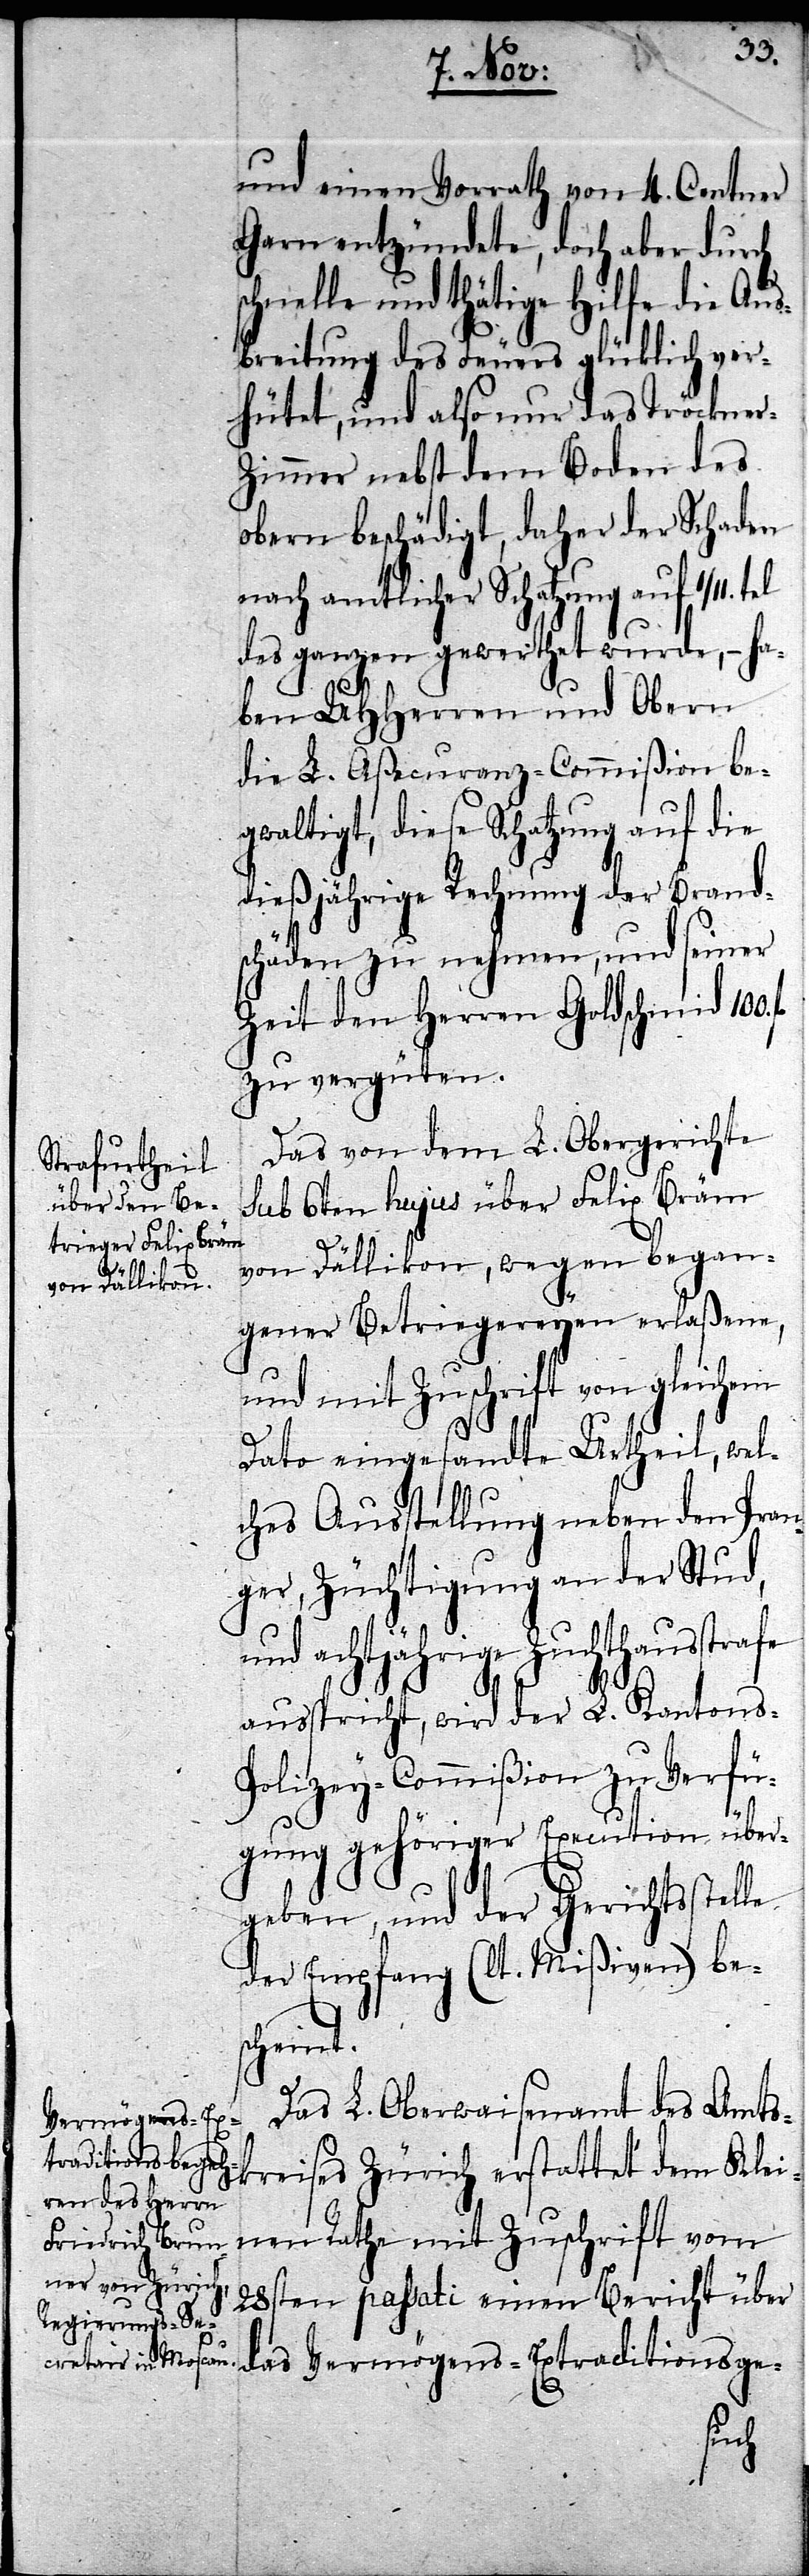
und einen Vorrath von 4. Centner
Garn entzündete, doch aber durch
schnelle und thätige Hilfe die Aus¬
breitung des Feuers glüklich ver¬
hütet, und also nur das Tröckne¬
r-Zimmer nebst dem Boden des
obern beschädigt, daher der Schaden
nach amtlicher Schatzung auf 1/11.
des ganzen gewerthet wurde, – ha¬
ben UHHerren und Obern
die L. Aßecuranz-Commißion be¬
gwaltigt, diese Schatzung auf die
dießjährige Rechnung der Brand¬
schäden zu nehmen, und seiner
Zeit den Herren Goldschmid 100.
zu vergüten.
Das von dem L. Obergerichte
sub 6ten hujus über Felix Bräm
le
von Dällikon, wegen began¬
gener Betriegereyen erlaßene,
und mit Zuschrift von gleichem
Dato eingesandte Urtheil, wel¬
ches Ausstellung neben den Pran¬
ger, Züchtigung an der Stud,
und achtjährige Zuchthausstrafe
ausspricht, wird der L. Kantons-P¬
olizey-Commißion zu Verfü¬
gung gehöriger Execution über¬
geben, und der Gerichtsstel¬
der Empfang (lt. Mißiven) bes¬
cheint.
Das L. Oberwaisenamt des Amt¬
skreises Zürich erstattet dem Kle¬
inen Rathe mit Zuschrift vom
28sten passati einen Bericht über
das Vermögens-Extraditionsge-